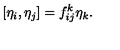
[ \eta _ { i } , \eta _ { j } ] = f _ { i j } ^ { k } \eta _ { k } .